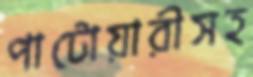
পাটোয়ারীসহ